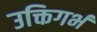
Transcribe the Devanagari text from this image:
उक्तिगर्भ